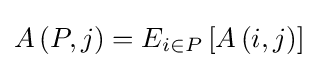
A\left(P,j\right)=E_{i\in P}\left[A\left(i,j\right)\right]